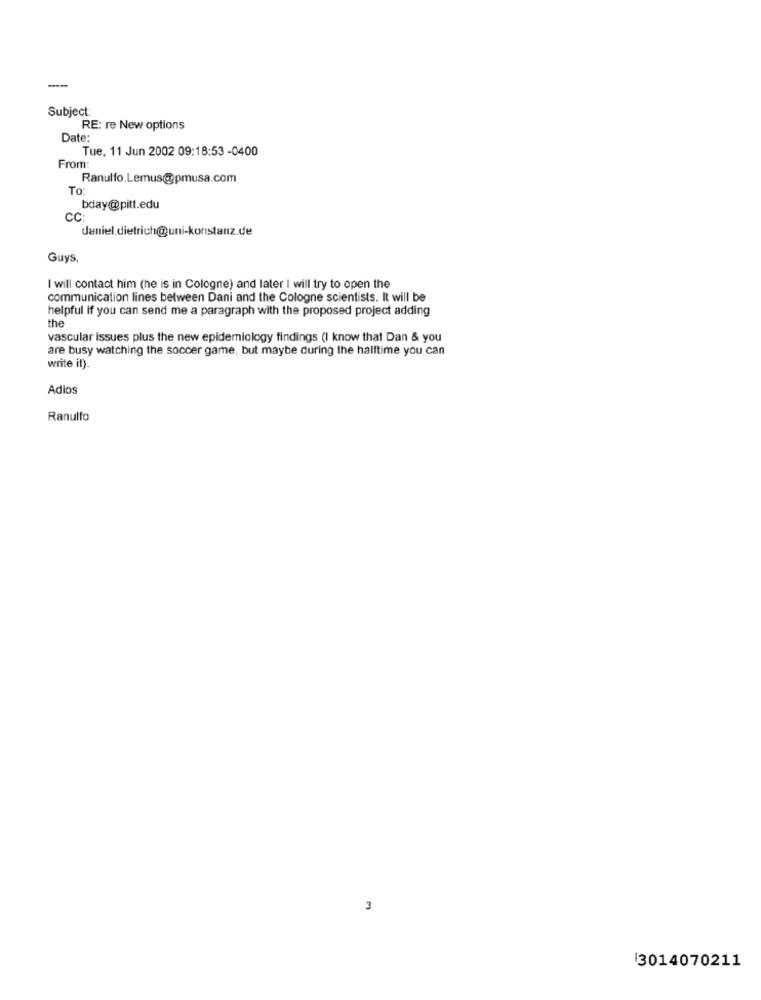
Subject:
RE: re New options
Date:
Tue, 11 Jun 2002 09:18:53 -0400
From
Ranulfo.Lemus@pmusa.com
To:
bday@pitt.edu
cc:
daniel.dietrich@uni-konstanz.de
Guys,
I will contact him (he is in Cologne) and later I will try to open the
communication lines between Dani and the Cologne scientists. It will be
helpful if you can send me a paragraph with the proposed project adding
the
vascular issues plus the new epidemiology findings (I know that Dan & you
are busy watching the soccer game, but maybe during the halftime you can
write it).
Adios
Ranulfo
3
13014070211